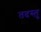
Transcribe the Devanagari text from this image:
तदस्तु